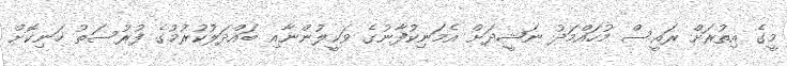
މީގެ އިތުރަށް ރައީސް މުހައްމަދު ނަޝީދަށް އެމަނިކުފާނުގެ ވަކީލުންނާއި ބައްދަލުކުރުމުގެ ފުރުސަތު ހަނިކޮށް